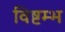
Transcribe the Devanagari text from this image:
विष्टम्भ